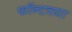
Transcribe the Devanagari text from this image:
फॉन्टच्या